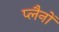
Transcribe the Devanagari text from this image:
प्लैनों